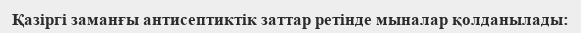
Қазіргі заманғы антисептиктік заттар ретінде мыналар қолданылады: